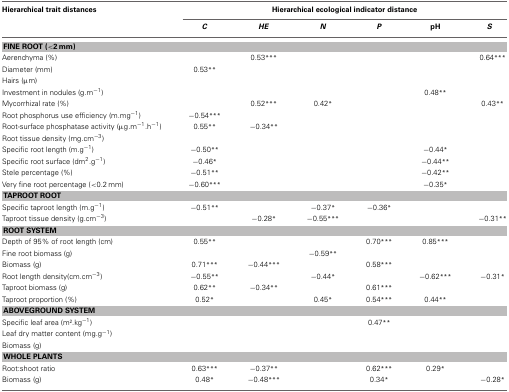
<table><thead><tr><td><b>Hierarchical trait distances</b></td><td colspan="6"><b>Hierarchical ecological indicator distance</b></td></tr><tr><td></td><td><b><i>C</i></b></td><td><b><i>HE</i></b></td><td><b><i>N</i></b></td><td><b><i>P</i></b></td><td><b>pH</b></td><td><b><i>S</i></b></td></tr></thead><tbody><tr><td colspan="7"><b>FINE ROOT (&lt;2 mm)</b></td></tr><tr><td>Aerenchyma (%)</td><td></td><td>0.53***</td><td></td><td></td><td></td><td>0.64***</td></tr><tr><td>Diameter (mm)</td><td>0.53**</td><td></td><td></td><td></td><td></td><td></td></tr><tr><td>Hairs (μm)</td><td></td><td></td><td></td><td></td><td></td><td></td></tr><tr><td>Investment in nodules (g.m<sup>−1</sup>)</td><td></td><td></td><td></td><td></td><td>0.48**</td><td></td></tr><tr><td>Mycorrhizal rate (%)</td><td></td><td>0.52***</td><td>0.42*</td><td></td><td></td><td>0.43**</td></tr><tr><td>Root phosphorus use efficiency (m.mg<sup>−1</sup>)</td><td>−0.54***</td><td></td><td></td><td></td><td></td><td></td></tr><tr><td>Root-surface phosphatase activity (μg.m<sup>−1</sup>.h<sup>−1</sup>)</td><td>0.55**</td><td>−0.34**</td><td></td><td></td><td></td><td></td></tr><tr><td>Root tissue density (mg.cm<sup>−3</sup>)</td><td colspan="6"></td></tr><tr><td>Specific root length (m.g<sup>−1</sup>)</td><td>−0.50**</td><td></td><td></td><td></td><td>−0.44*</td><td></td></tr><tr><td>Specific root surface (dm<sup>2</sup>.g<sup>−1</sup>)</td><td>−0.46*</td><td></td><td></td><td></td><td>−0.44**</td><td></td></tr><tr><td>Stele percentage (%)</td><td>−0.51**</td><td></td><td></td><td></td><td>−0.42**</td><td></td></tr><tr><td>Very fine root percentage (&lt;0.2 mm)</td><td>−0.60***</td><td></td><td></td><td></td><td>−0.35*</td><td></td></tr><tr><td colspan="7"><b>TAPROOT ROOT</b></td></tr><tr><td>Specific taproot length (m.g<sup>−1</sup>)</td><td>−0.51**</td><td></td><td>−0.37*</td><td>−0.36*</td><td></td><td></td></tr><tr><td>Taproot tissue density (g.cm<sup>−3</sup>)</td><td></td><td>−0.28*</td><td>−0.55***</td><td></td><td></td><td>−0.31**</td></tr><tr><td colspan="7"><b>ROOT SYSTEM</b></td></tr><tr><td>Depth of 95% of root length (cm)</td><td>0.55**</td><td></td><td></td><td>0.70***</td><td>0.85***</td><td></td></tr><tr><td>Fine root biomass (g)</td><td></td><td></td><td>−0.59**</td><td></td><td></td><td></td></tr><tr><td>Biomass (g)</td><td>0.71***</td><td>−0.44***</td><td></td><td>0.58***</td><td></td><td></td></tr><tr><td>Root length density(cm.cm<sup>−3</sup>)</td><td>−0.55**</td><td></td><td>−0.44*</td><td></td><td>−0.62***</td><td>−0.31*</td></tr><tr><td>Taproot biomass (g)</td><td>0.62**</td><td>−0.34**</td><td></td><td>0.61***</td><td></td><td></td></tr><tr><td>Taproot proportion (%)</td><td>0.52*</td><td></td><td>0.45*</td><td>0.54***</td><td>0.44**</td><td></td></tr><tr><td colspan="7"><b>ABOVEGROUND SYSTEM</b></td></tr><tr><td>Specific leaf area (m<sup>2</sup>.kg<sup>−1</sup>)</td><td></td><td></td><td></td><td>0.47**</td><td></td><td></td></tr><tr><td>Leaf dry matter content (mg.g<sup>−1</sup>)</td><td></td><td></td><td></td><td></td><td></td><td></td></tr><tr><td>Biomass (g)</td><td></td><td></td><td></td><td></td><td></td><td></td></tr><tr><td colspan="7"><b>WHOLE PLANTS</b></td></tr><tr><td>Root:shoot ratio</td><td>0.63***</td><td>−0.37**</td><td></td><td>0.62***</td><td>0.29*</td><td></td></tr><tr><td>Biomass (g)</td><td>0.48*</td><td>−0.48***</td><td></td><td>0.34*</td><td></td><td>−0.28*</td></tr></tbody></table>